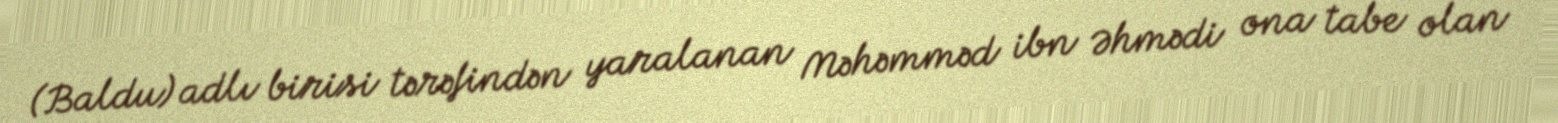
(Baldu) adlı birisi tərəfindən yaralanan Məhəmməd ibn Əhmədi ona tabe olan